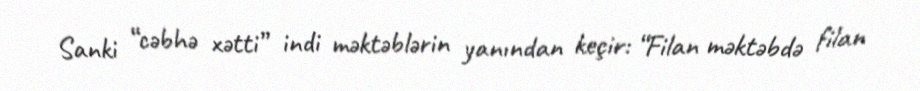
Sanki “cəbhə xətti” indi məktəblərin yanından keçir: “Filan məktəbdə filan